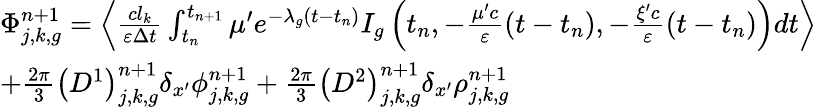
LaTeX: \begin{array}{l}{{\Phi_{j,k,g}^{n+1}=\left\langle\frac{cl_{k}}{\varepsilon\Delta t}\int_{t_{n}}^{t_{n+1}}\mu^{\prime}e^{-\lambda_{g}\left(t-t_{n}\right)}I_{g}\left(t_{n},-\frac{\mu^{\prime}c}{\varepsilon}\left(t-t_{n}\right),-\frac{\xi^{\prime}c}{\varepsilon}\left(t-t_{n}\right)\right)dt\right\rangle}}\\ {{+\frac{2\pi}{3}\left(D^{1}\right)_{j,k,g}^{n+1}\delta_{x^{\prime}}\phi_{j,k,g}^{n+1}+\frac{2\pi}{3}\left(D^{2}\right)_{j,k,g}^{n+1}\delta_{x^{\prime}}\rho_{j,k,g}^{n+1}}}\end{array}